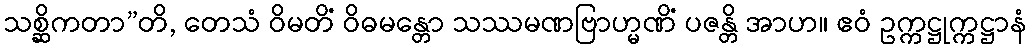
သစ္ဆိကတာ”တိ, တေသံ ဝိမတိံ ဝိဓမန္တော သဿမဏဗြာဟ္မဏိံ ပဇန္တိ အာဟ။ ဧဝံ ဥက္ကဋ္ဌုက္ကဋ္ဌာနံ